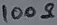
Text: 100Ω